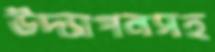
উদ্যাপনসহ